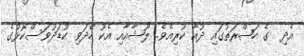
އެދި  ގެ ހަޟްރަތުގައި ދުއާ ކުރިއެވެ. ލޫޝާއާއި އެކު ހޭދަވި ކުޑަދުވަސްކޮޅުގެ